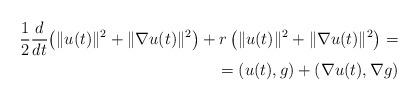
LaTeX: \begin{align*} \aligned\frac{1}{2}\frac{d}{dt}\bigl(\|u(t)\|^{2}+\|\nabla u(t)\|^2\bigr)+r\left(\|u(t)\|^{2}+\|\nabla u(t)\|^2\right)=\\=(u(t),g)+(\nabla u(t),\nabla g)\endaligned\end{align*}